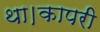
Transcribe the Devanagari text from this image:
था।कापरी